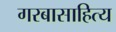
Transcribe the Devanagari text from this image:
गरबासाहित्य